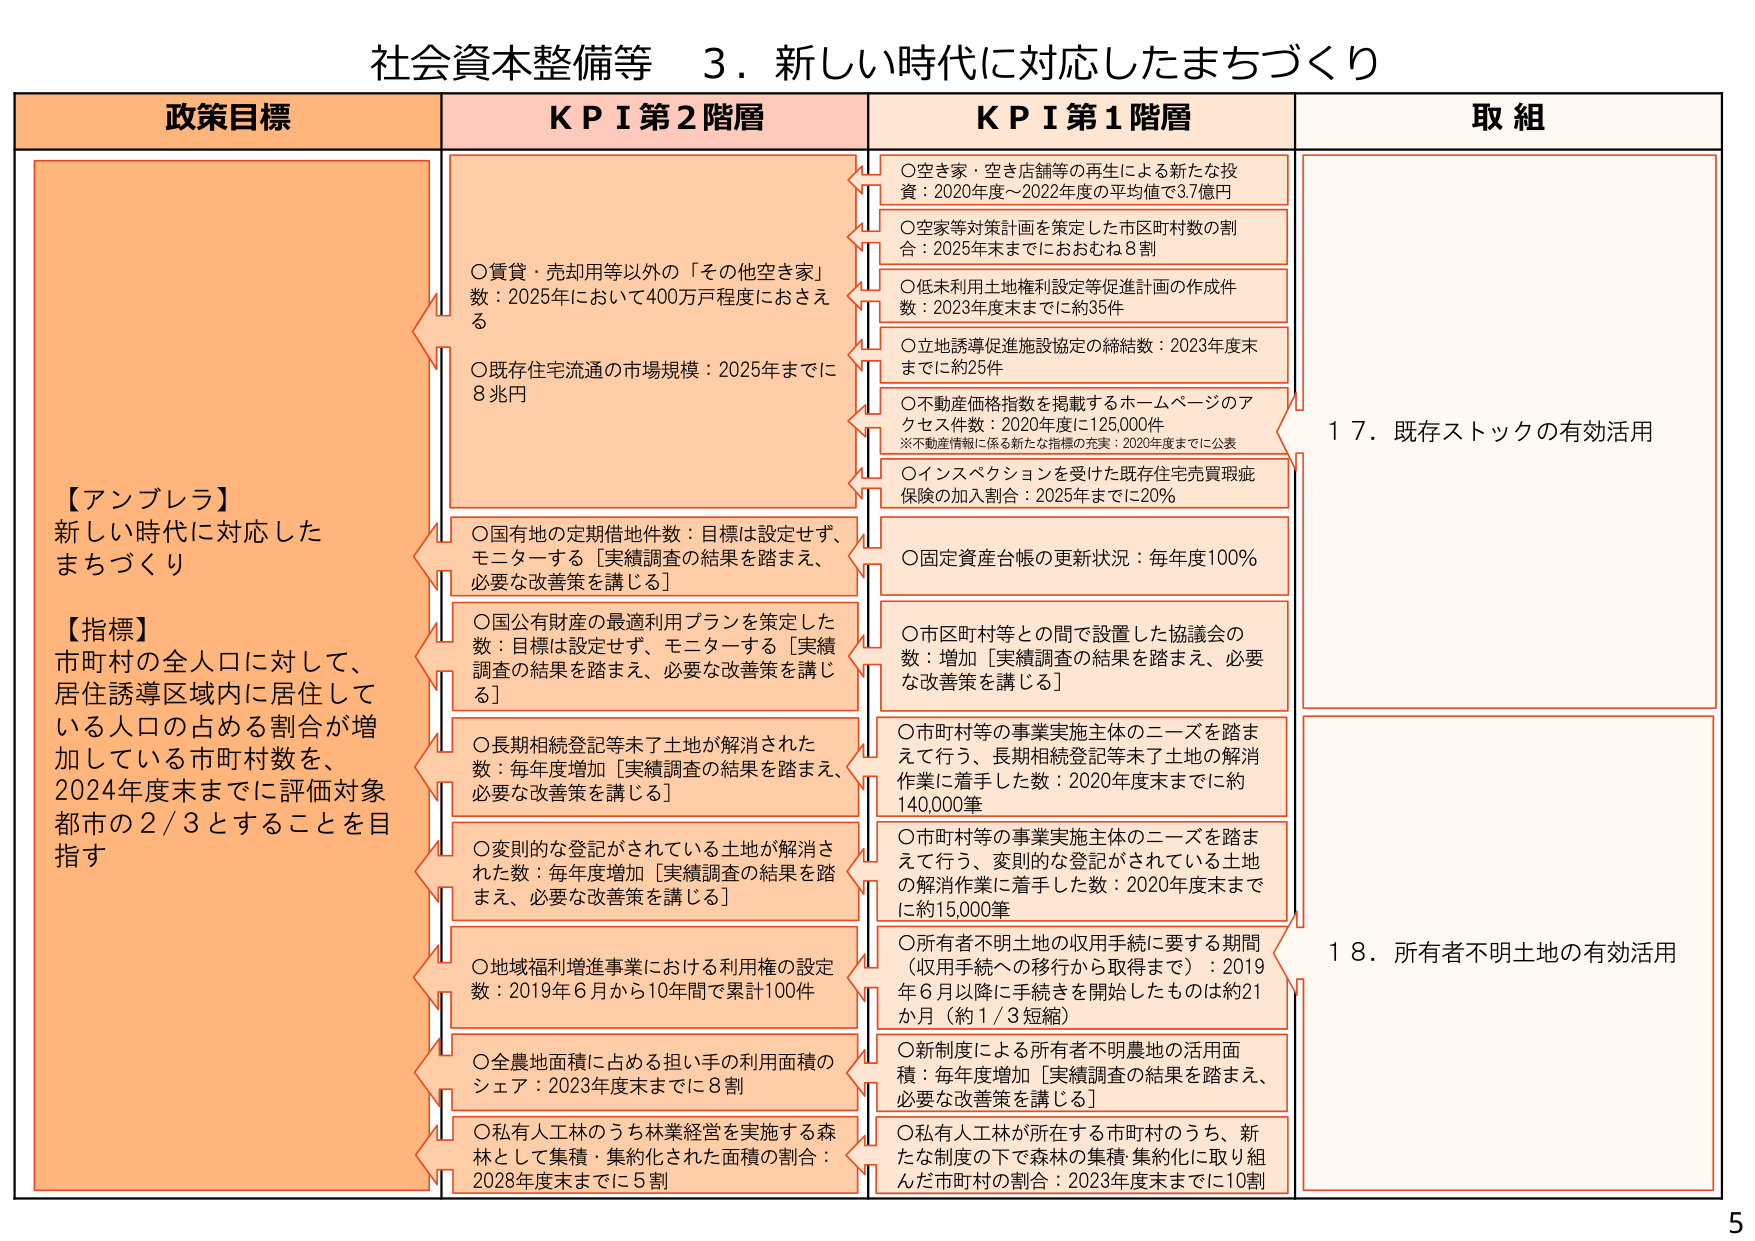
社会資本整備等　３．新しい時代に対応したまちづくり

政策目標

【アンブレラ】
新しい時代に対応した
まちづくり

【指標】
市町村の全人口に対して、
居住誘導区域内に居住して
いる人口の占める割合が増
加している市町村数を、
2024年度末までに評価対象
都市の2/3とすることを目指す

KPI 第2階層

○賃貸・売却用等以外の「その他空き家」
数：2025年において400万戸程度におさえ
る

○既存住宅流通の市場規模：2025年までに
8兆円

○国有地の定期借地件数：目標は設定せず、
モニターする［実績調査の結果を踏まえ、
必要な改善策を講じる］

○国公有財産の最適利用プランを策定した
数：目標は設定せず、モニターする［実績
調査の結果を踏まえ、必要な改善策を講じ
る］

○長期相続登記等未了土地が解消された
数：毎年度増加［実績調査の結果を踏まえ、
必要な改善策を講じる］

○変則的な登記がされている土地が解消さ
れた数：毎年度増加［実績調査の結果を踏
まえ、必要な改善策を講じる］

○地域福利増進事業における利用権の設定
数：2019年6月から10年間で累計100件

○全農地面積に占める担い手の利用面積の
シェア：2023年度末までに8割

○私有人工林のうち林業経営を実施する森
林として集積・集約化された面積の割合：
2028年度末までに5割

KPI 第1階層

○空き家・空き店舗等の再生による新たな投
資：2020年度～2022年度の平均値で3.7億円

○空家等対策計画を策定した市区町村数の割
合：2025年末までにおおむね8割

○低未利用土地権利設定等促進計画の作成件
数：2023年度末までに約35件

○立地誘導促進施設協定の締結数：2023年度末
までに約25件

○不動産価格指数を掲載するホームページのア
クセス件数：2020年度に125,000件
※不動産情報に係る新たな指標の充実：2020年度までに公表

○インスペクションを受けた既存住宅売買瑕疵
保険の加入割合：2025年までに20％

○固定資産台帳の更新状況：毎年度100％

○市区町村等との間で設置した協議会の
数：増加［実績調査の結果を踏まえ、必要
な改善策を講じる］

○市町村等の事業実施主体のニーズを踏ま
えて行う、長期相続登記等未了土地の解消
作業に着手した数：2020年度末までに約
140,000筆

○市町村等の事業実施主体のニーズを踏ま
えて行う、変則的な登記がされている土地
の解消作業に着手した数：2020年度末まで
に約15,000筆

○所有者不明土地の収用手続に要する期間
（収用手続への移行から取得まで）：2019
年6月以降に手続きを開始したものは約21
か月（約1/3短縮）

○新制度による所有者不明農地の活用面
積：毎年度増加［実績調査の結果を踏まえ、
必要な改善策を講じる］

○私有人工林が所在する市町村のうち、新
たな制度の下で森林の集積・集約化に取り組
んだ市町村の割合：2023年度末までに10割

取組

１７．既存ストックの有効活用

１８．所有者不明土地の有効活用

5